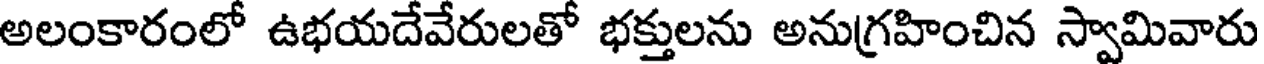
అలంకారంలో ఉభయదేవేరులతో భక్తులను అనుగ్రహించిన స్వామివారు